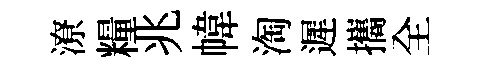
潦糧兆幃淘遲攜全